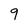
Character: 9